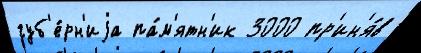
губ'е́рн'иjа па́м'ятн'ик 3000 пр'ин'я́в